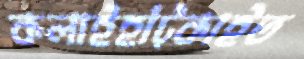
কলাইহাঁট্‌কাইত